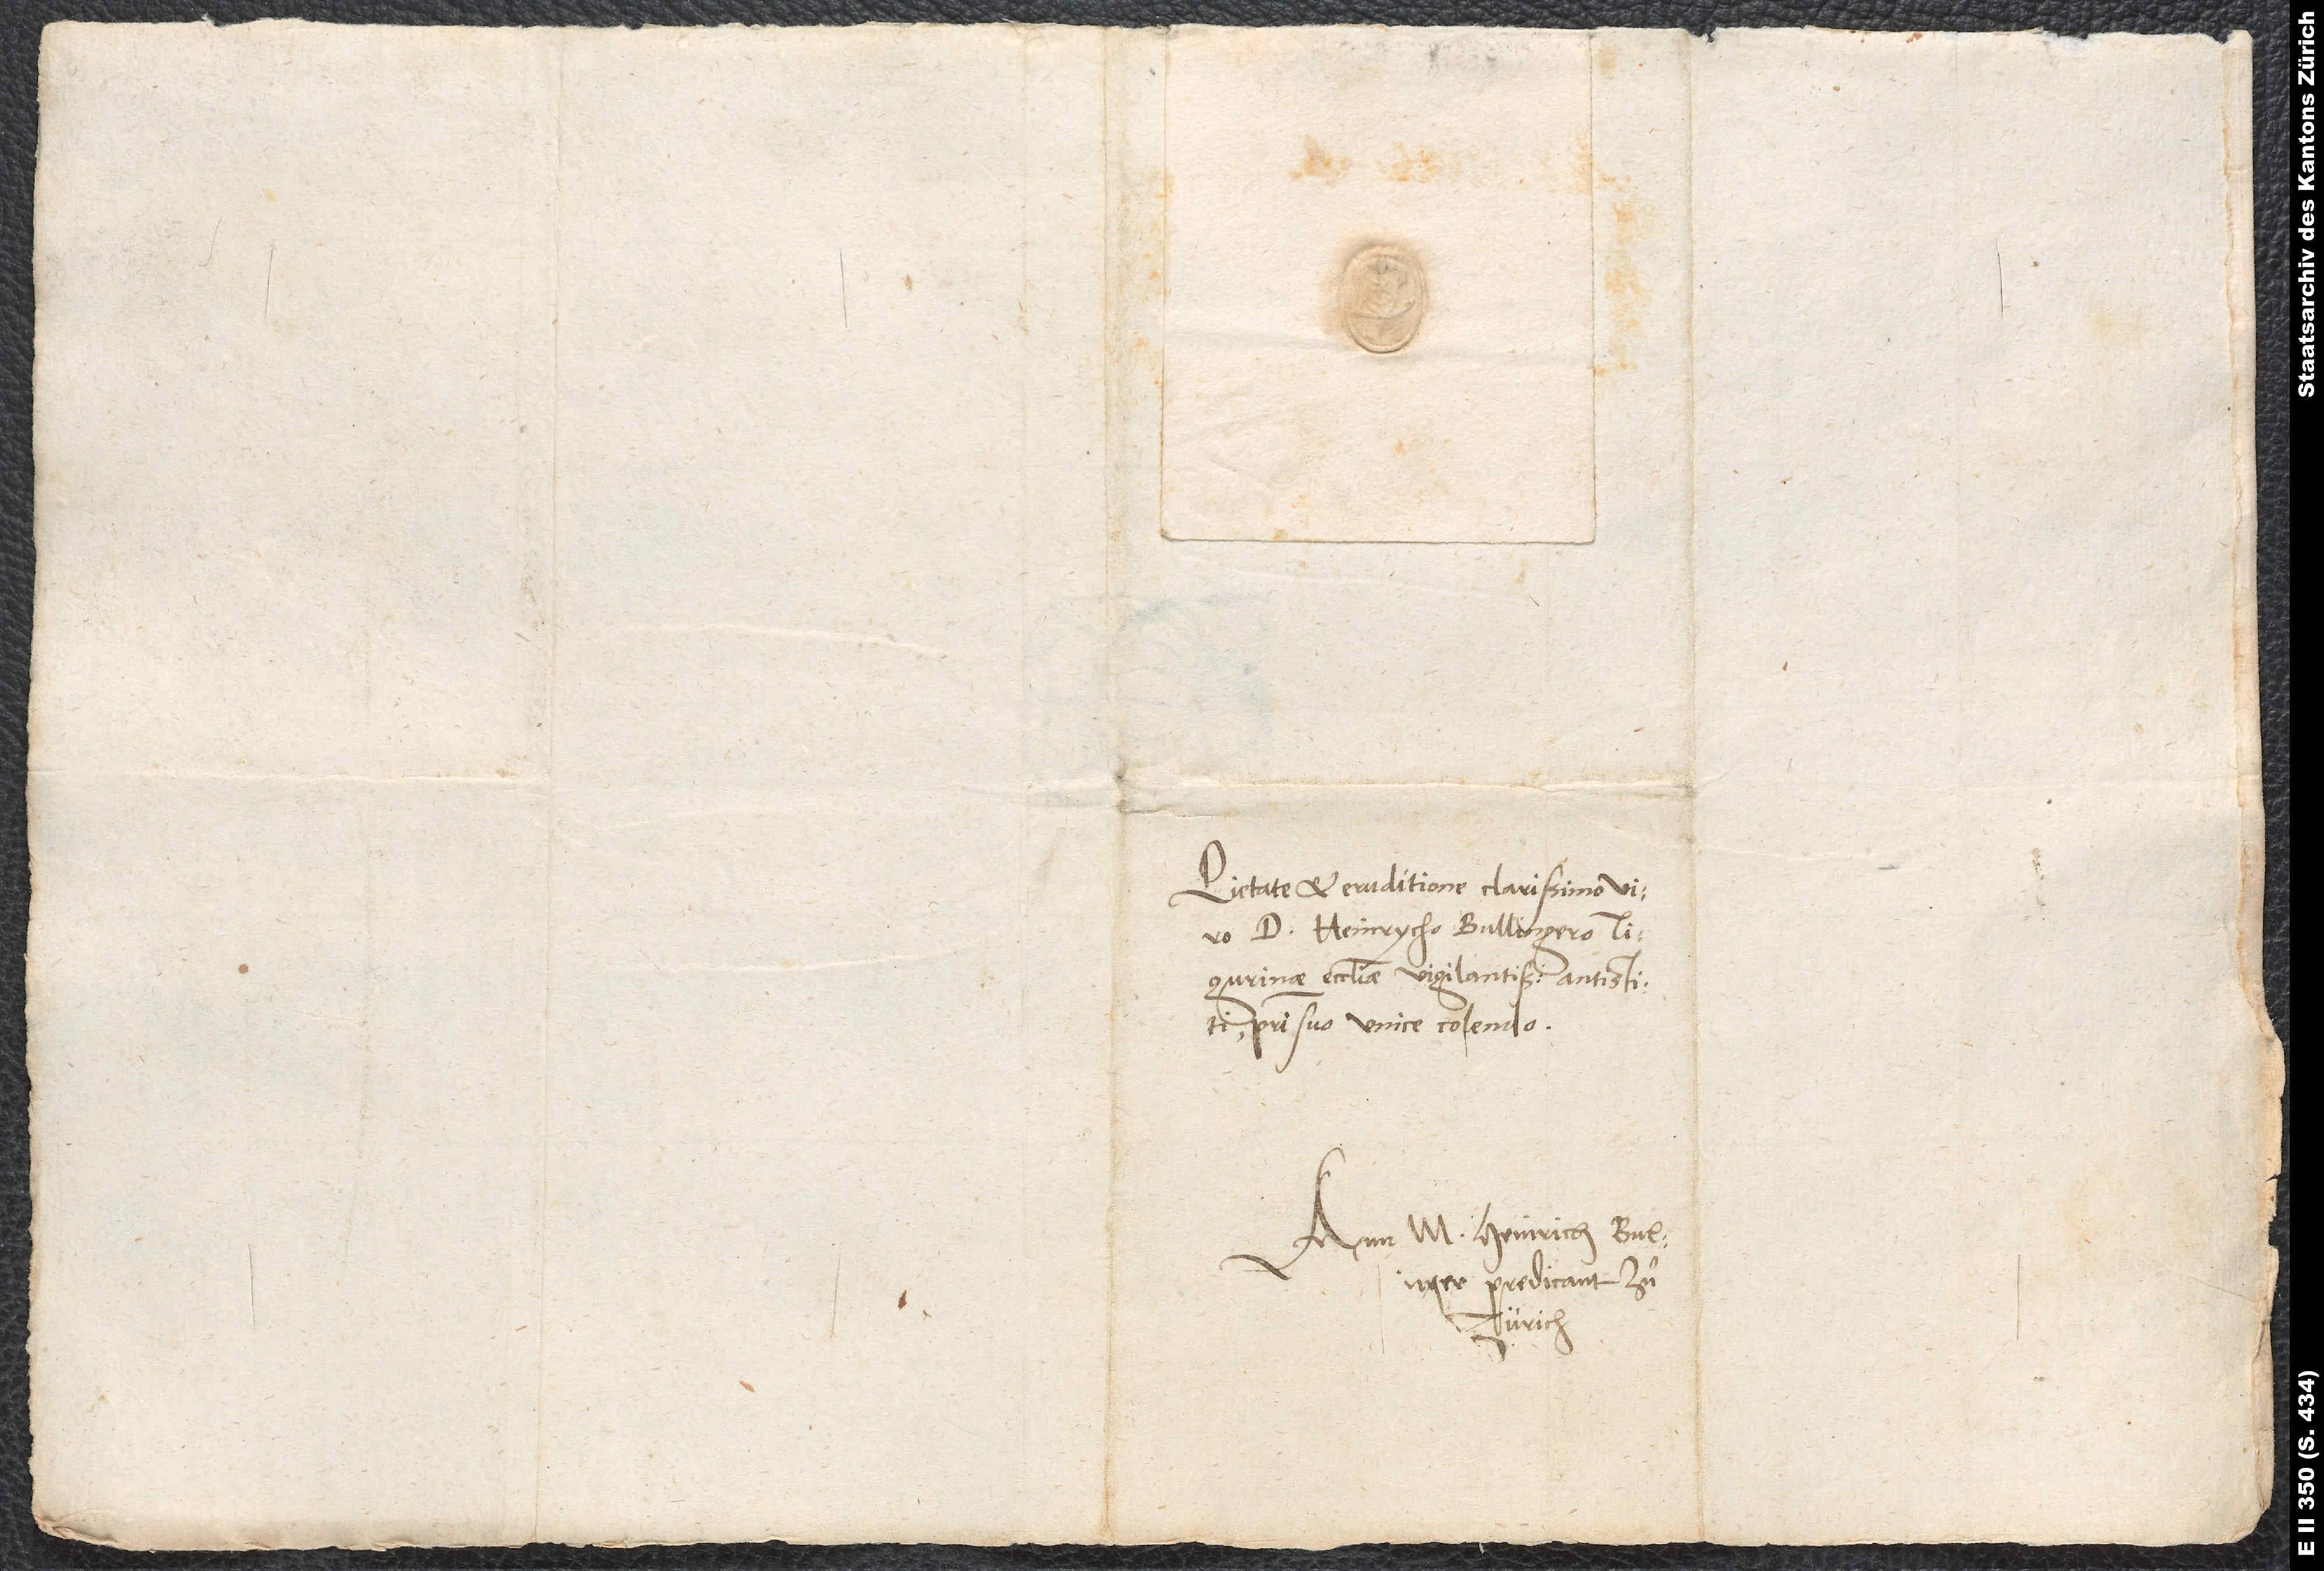
Pietate et eruditione clarissimo viro
d. Heinrycho Bullingero,
Tigurinae ecclesiae vigilantissimo antistiti,
patri suo unice colendo.
Ann M. Heinrich Bulnger,
predicant zuͦ
Zürich.